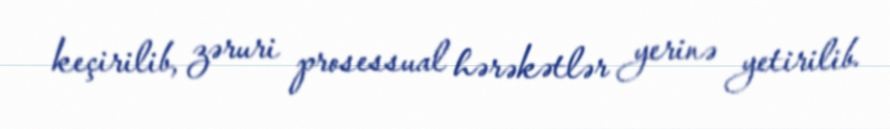
keçirilib, zəruri prosessual hərəkətlər yerinə yetirilib.